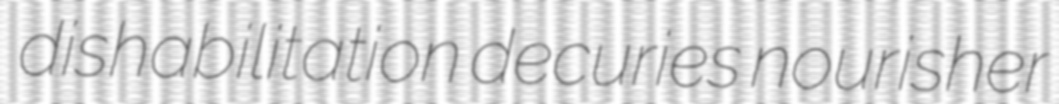
dishabilitation decuries nourisher